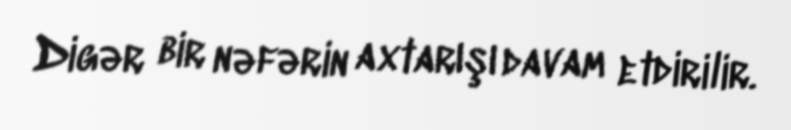
Digər bir nəfərin axtarışı davam etdirilir.